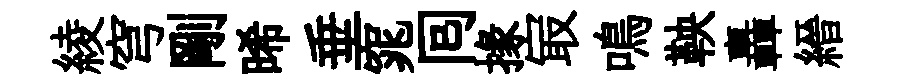
綾穹剛晞垂窕囘掾㝡鳴鞅轟縉